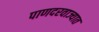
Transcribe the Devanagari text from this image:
पाणदरवाज्यात